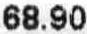
68.90